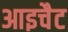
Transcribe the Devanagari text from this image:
आइचैट